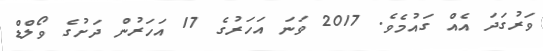
ވަރުގަދަ އެއް ގައުމެވެ. 2017 ވަނަ އަހަރުގެ 17 އަހަރުން ދަށުގެ ވޯލްޑް